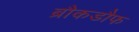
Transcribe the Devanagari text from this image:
ब्रौकडौफ